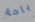
باحة